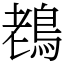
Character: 䳓